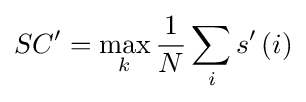
SC'=\max _{k}{\frac {1}{N}}\sum _{i}s'\left(i\right)